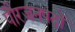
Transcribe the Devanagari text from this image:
पौरजनपदों